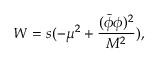
W = s ( - \mu ^ { 2 } + \frac { ( \bar { \phi } \phi ) ^ { 2 } } { M ^ { 2 } } ) ,